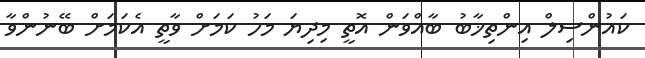
ކައުންސިލް އިންތިޚާބު ބާއްވަން އޮތީ މިދިޔަ މަހު ކަމަށް ވާތީ އެކަމަށް ބޭނުންވާ